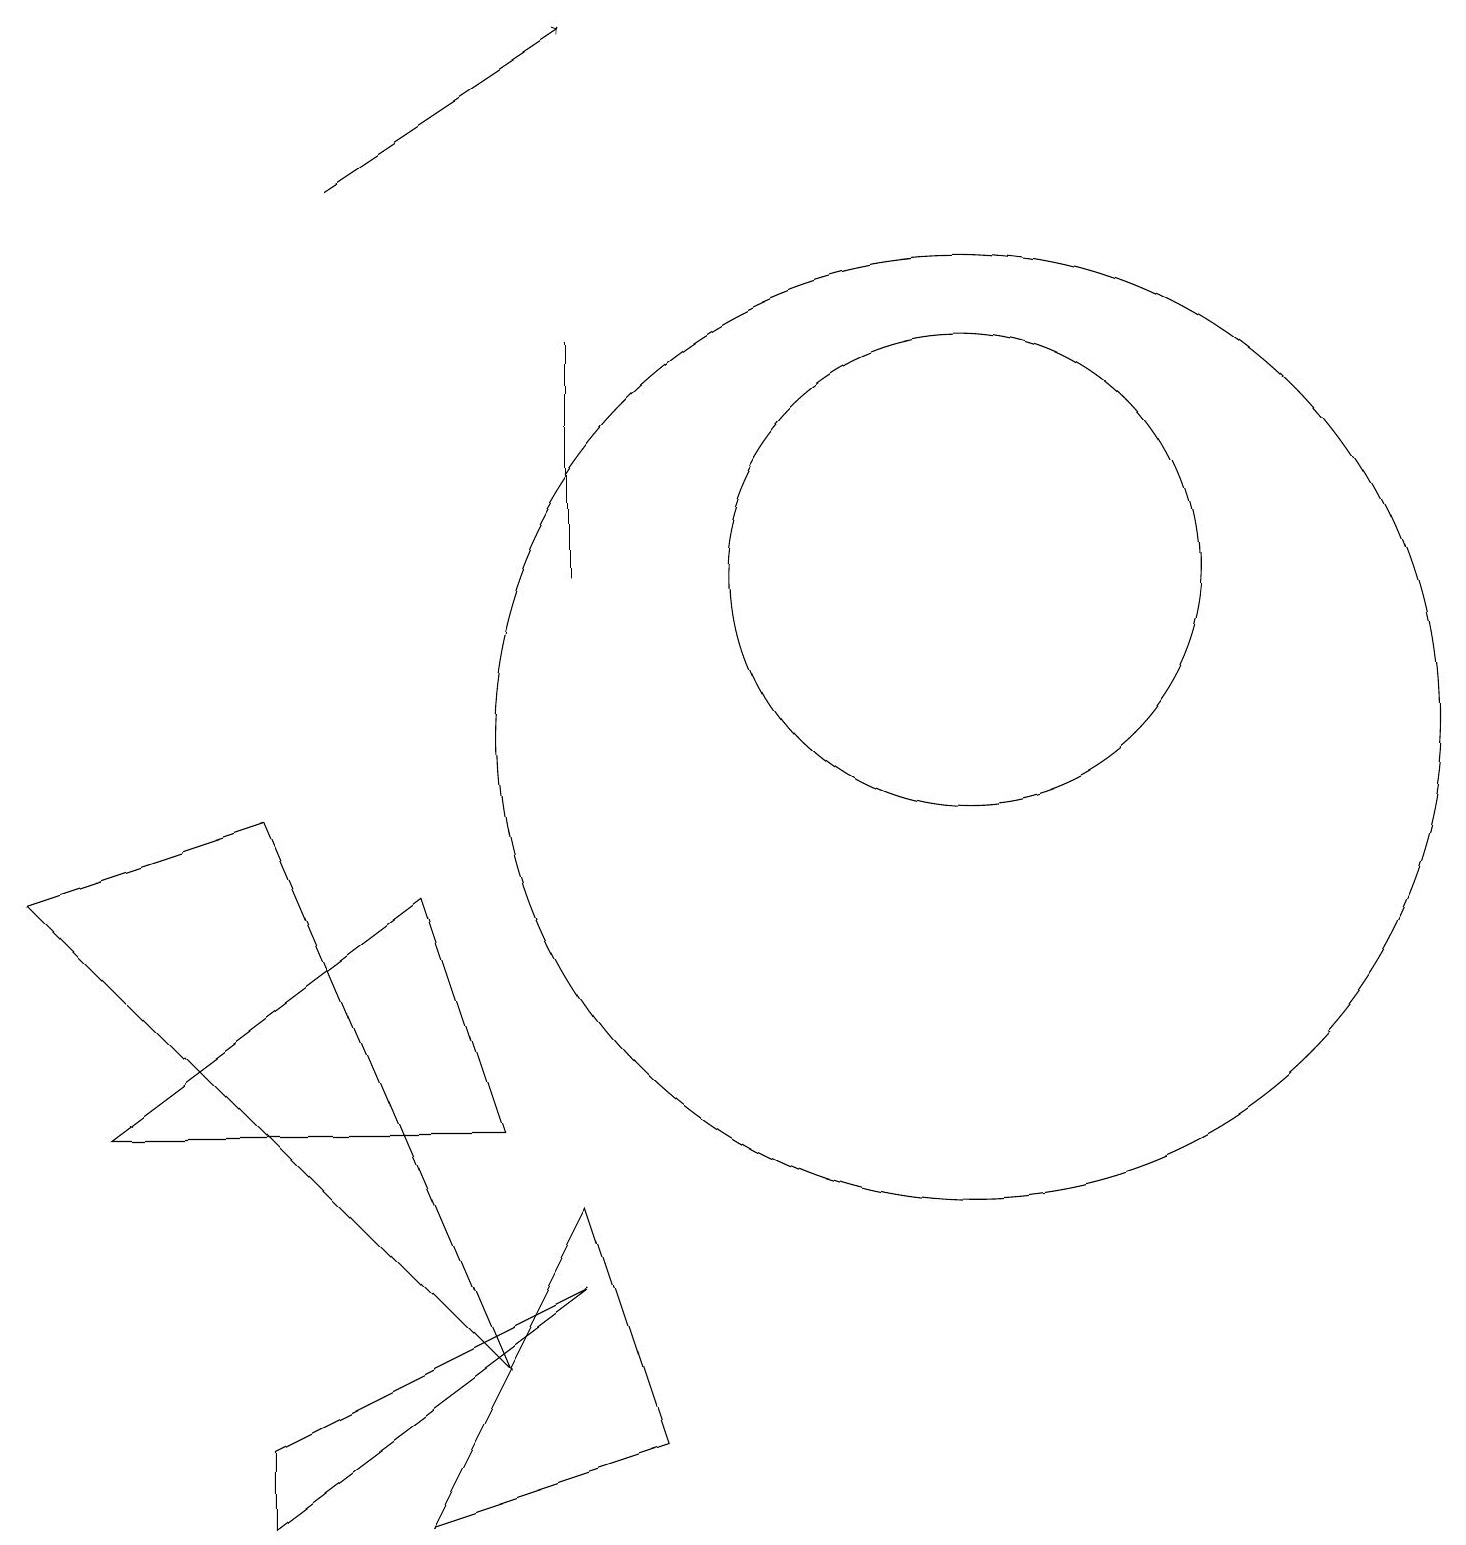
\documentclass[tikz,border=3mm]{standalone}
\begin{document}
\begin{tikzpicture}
\draw (12,12) circle (3);
\draw (3,0) -- (3,1) -- (7,3) -- cycle;
\draw (7,4) -- (8,1) -- (5,0) -- cycle;
\draw (3,9) -- (6,2) -- (0,8) -- cycle;
\draw (12,10) circle (6);
\draw (7,12) rectangle (7,15);
\draw[->] (4,17) -- (7,19);
\draw (1,5) -- (6,5) -- (5,8) -- cycle;
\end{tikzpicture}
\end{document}